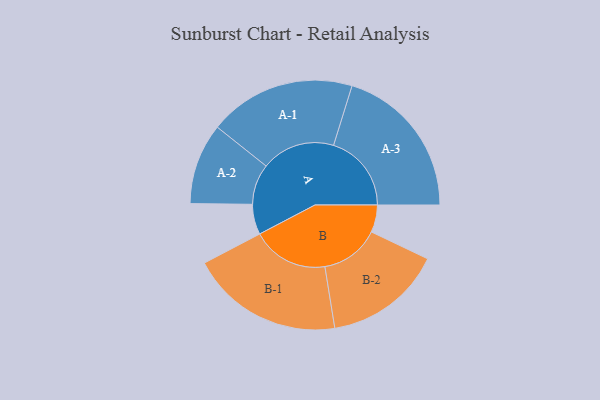
{"axis": {"x": "Segment", "y": "Value"}, "legend": ["", "A", "B"], "data": [{"x": "A", "y": 112, "type": ""}, {"x": "B", "y": 101, "type": ""}, {"x": "A-1", "y": 272, "type": "A"}, {"x": "A-2", "y": 150, "type": "A"}, {"x": "A-3", "y": 288, "type": "A"}, {"x": "B-1", "y": 283, "type": "B"}, {"x": "B-2", "y": 219, "type": "B"}]}